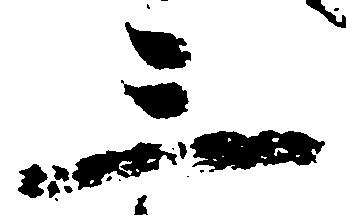
三